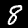
Digit: 8